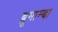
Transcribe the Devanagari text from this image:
ब्लूमाम्बा